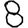
Digit: 8